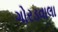
ગોરડવાલા